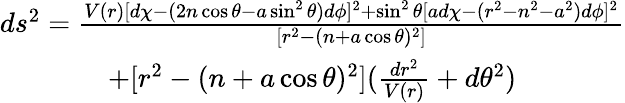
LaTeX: \begin{array}{c}{{ds^{2}=\frac{V(r)[d\chi-(2n\cos\theta-a\sin^{2}\theta)d\phi]^{2}+\sin^{2}\theta\lbrack ad\chi-(r^{2}-n^{2}-a^{2})d\phi]^{2}}{[r^{2}-(n+a\cos\theta)^{2}]}}}\\ {{+[r^{2}-(n+a\cos\theta)^{2}](\frac{dr^{2}}{V(r)}+d\theta^{2})}}\end{array}